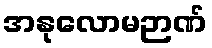
အနုလောမဉာဏ်